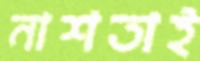
নাশতাই